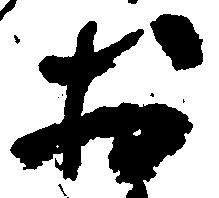
於